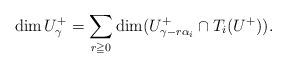
LaTeX: \begin{align*}\dim U^+_\gamma=\sum_{r\geqq0}\dim (U^+_{\gamma-r\alpha_i}\cap T_i(U^+)).\end{align*}